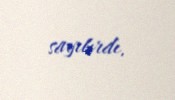
sayılırdı.